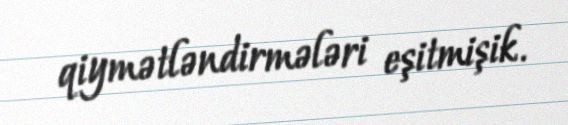
qiymətləndirmələri eşitmişik.